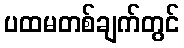
ပထမတစ်ချက်တွင်